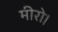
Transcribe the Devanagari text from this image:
मीरो।